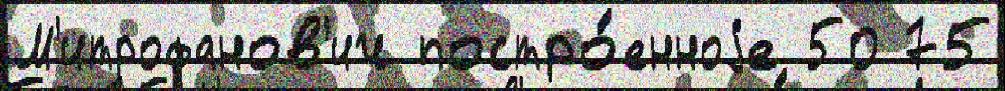
М'итрофанов'ич постро́енноjе 50 75